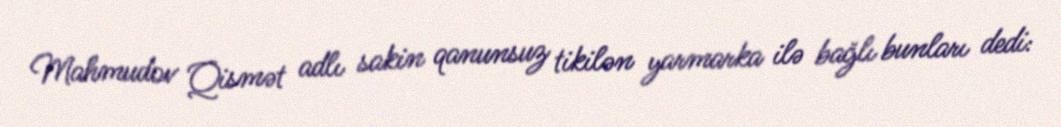
Mahmudov Qismət adlı sakin qanunsuz tikilən yarmarka ilə bağlı bunları dedi: